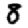
Digit: 8